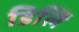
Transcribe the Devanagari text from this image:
डिलि